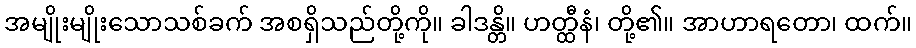
အမျိုးမျိုးသောသစ်ခက် အစရှိသည်တို့ကို။ ခါဒန္တိ။ ဟတ္ထီနံ၊ တို့၏။ အာဟာရတော၊ ထက်။